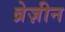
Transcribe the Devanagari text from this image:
ब्रेज़ीन